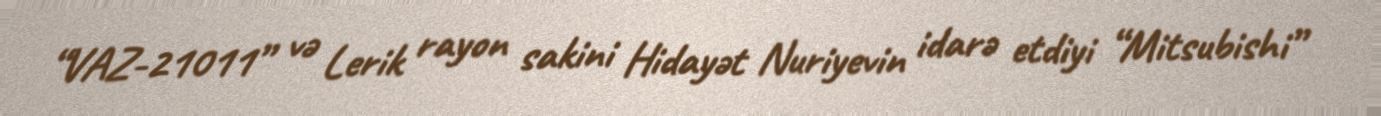
“VAZ-21011” və Lerik rayon sakini Hidayət Nuriyevin idarə etdiyi “Mitsubishi”